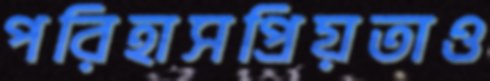
পরিহাসপ্রিয়তাও